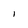
Character: l